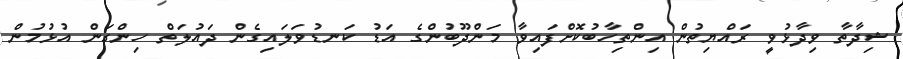
ޝިދާތާ ވިދާޅުވީ ރައްޔިތުން އިންތިހާބުކޮށްފައިވާ މަންދޫބުންގެ އަޑު ކަނޑުވަލައިގެން ދައުލަތް ހިންގަން އުޅުމުން